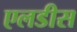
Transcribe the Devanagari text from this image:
एलडीस